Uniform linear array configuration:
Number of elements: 16
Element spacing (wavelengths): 0.5
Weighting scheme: kaiser
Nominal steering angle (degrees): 30
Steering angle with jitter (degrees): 28.941
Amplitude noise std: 0.05
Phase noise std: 0.05

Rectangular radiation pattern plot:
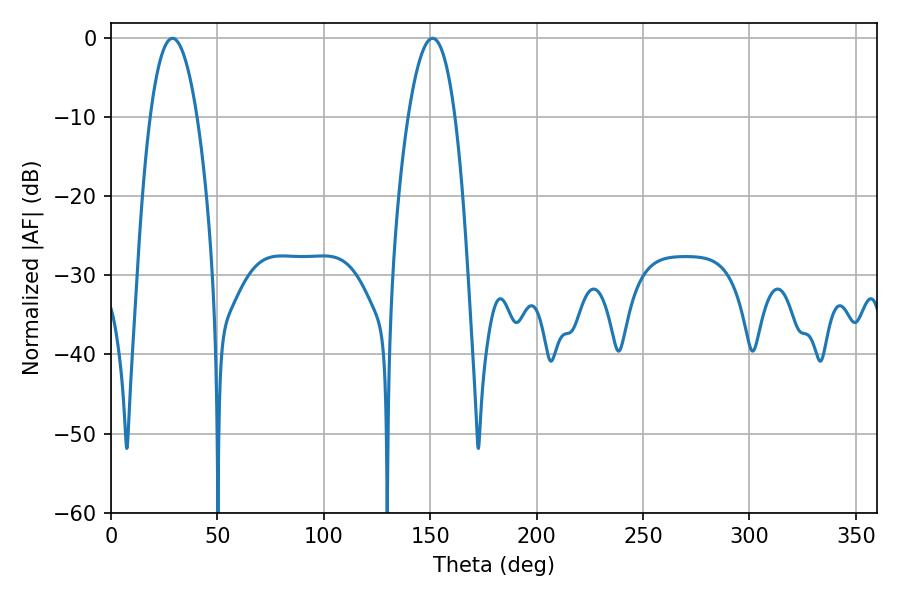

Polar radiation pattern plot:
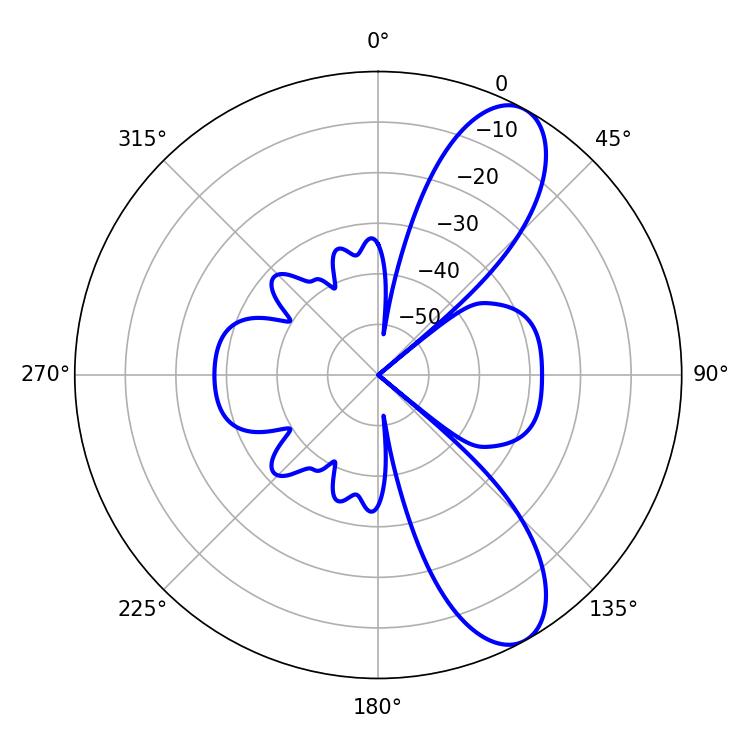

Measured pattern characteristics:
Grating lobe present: FALSE
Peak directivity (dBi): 9.566
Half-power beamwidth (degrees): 12.06
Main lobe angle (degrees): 28.8